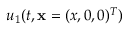
u _ { 1 } ( t , \mathbf { x } = ( x , 0 , 0 ) ^ { T } )